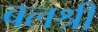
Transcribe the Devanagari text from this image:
बलश्री